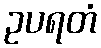
ဥပရတံ